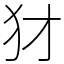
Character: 犲